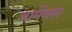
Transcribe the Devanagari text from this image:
चार्मेबल